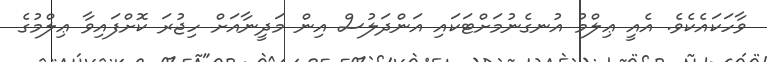
ވާހަކައެކެވެ. އެއީ ޢިލްމު އުނގެނުމަށްޓަކައި އަންދަލުސް އިން މަދީނާއަށް ހިޖުރަ ކޮށްފައިވާ ޢިލްމުގެ